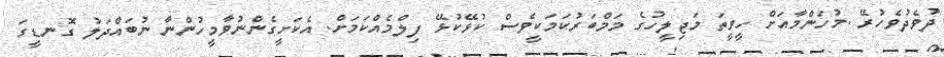
ދުވެދުވެހުރޭ .މުހަންމާއަށް ހީވީތަ މަޖިލީހުގެ މަމްބަރުކަމަކީވެސް ކުޅޭކުޅޭ ފިލްމެއްކަމަށް. އެކަށީގެންނުވާމީހުންނާ ނުބައްދަލު ގޮނޑީގަ